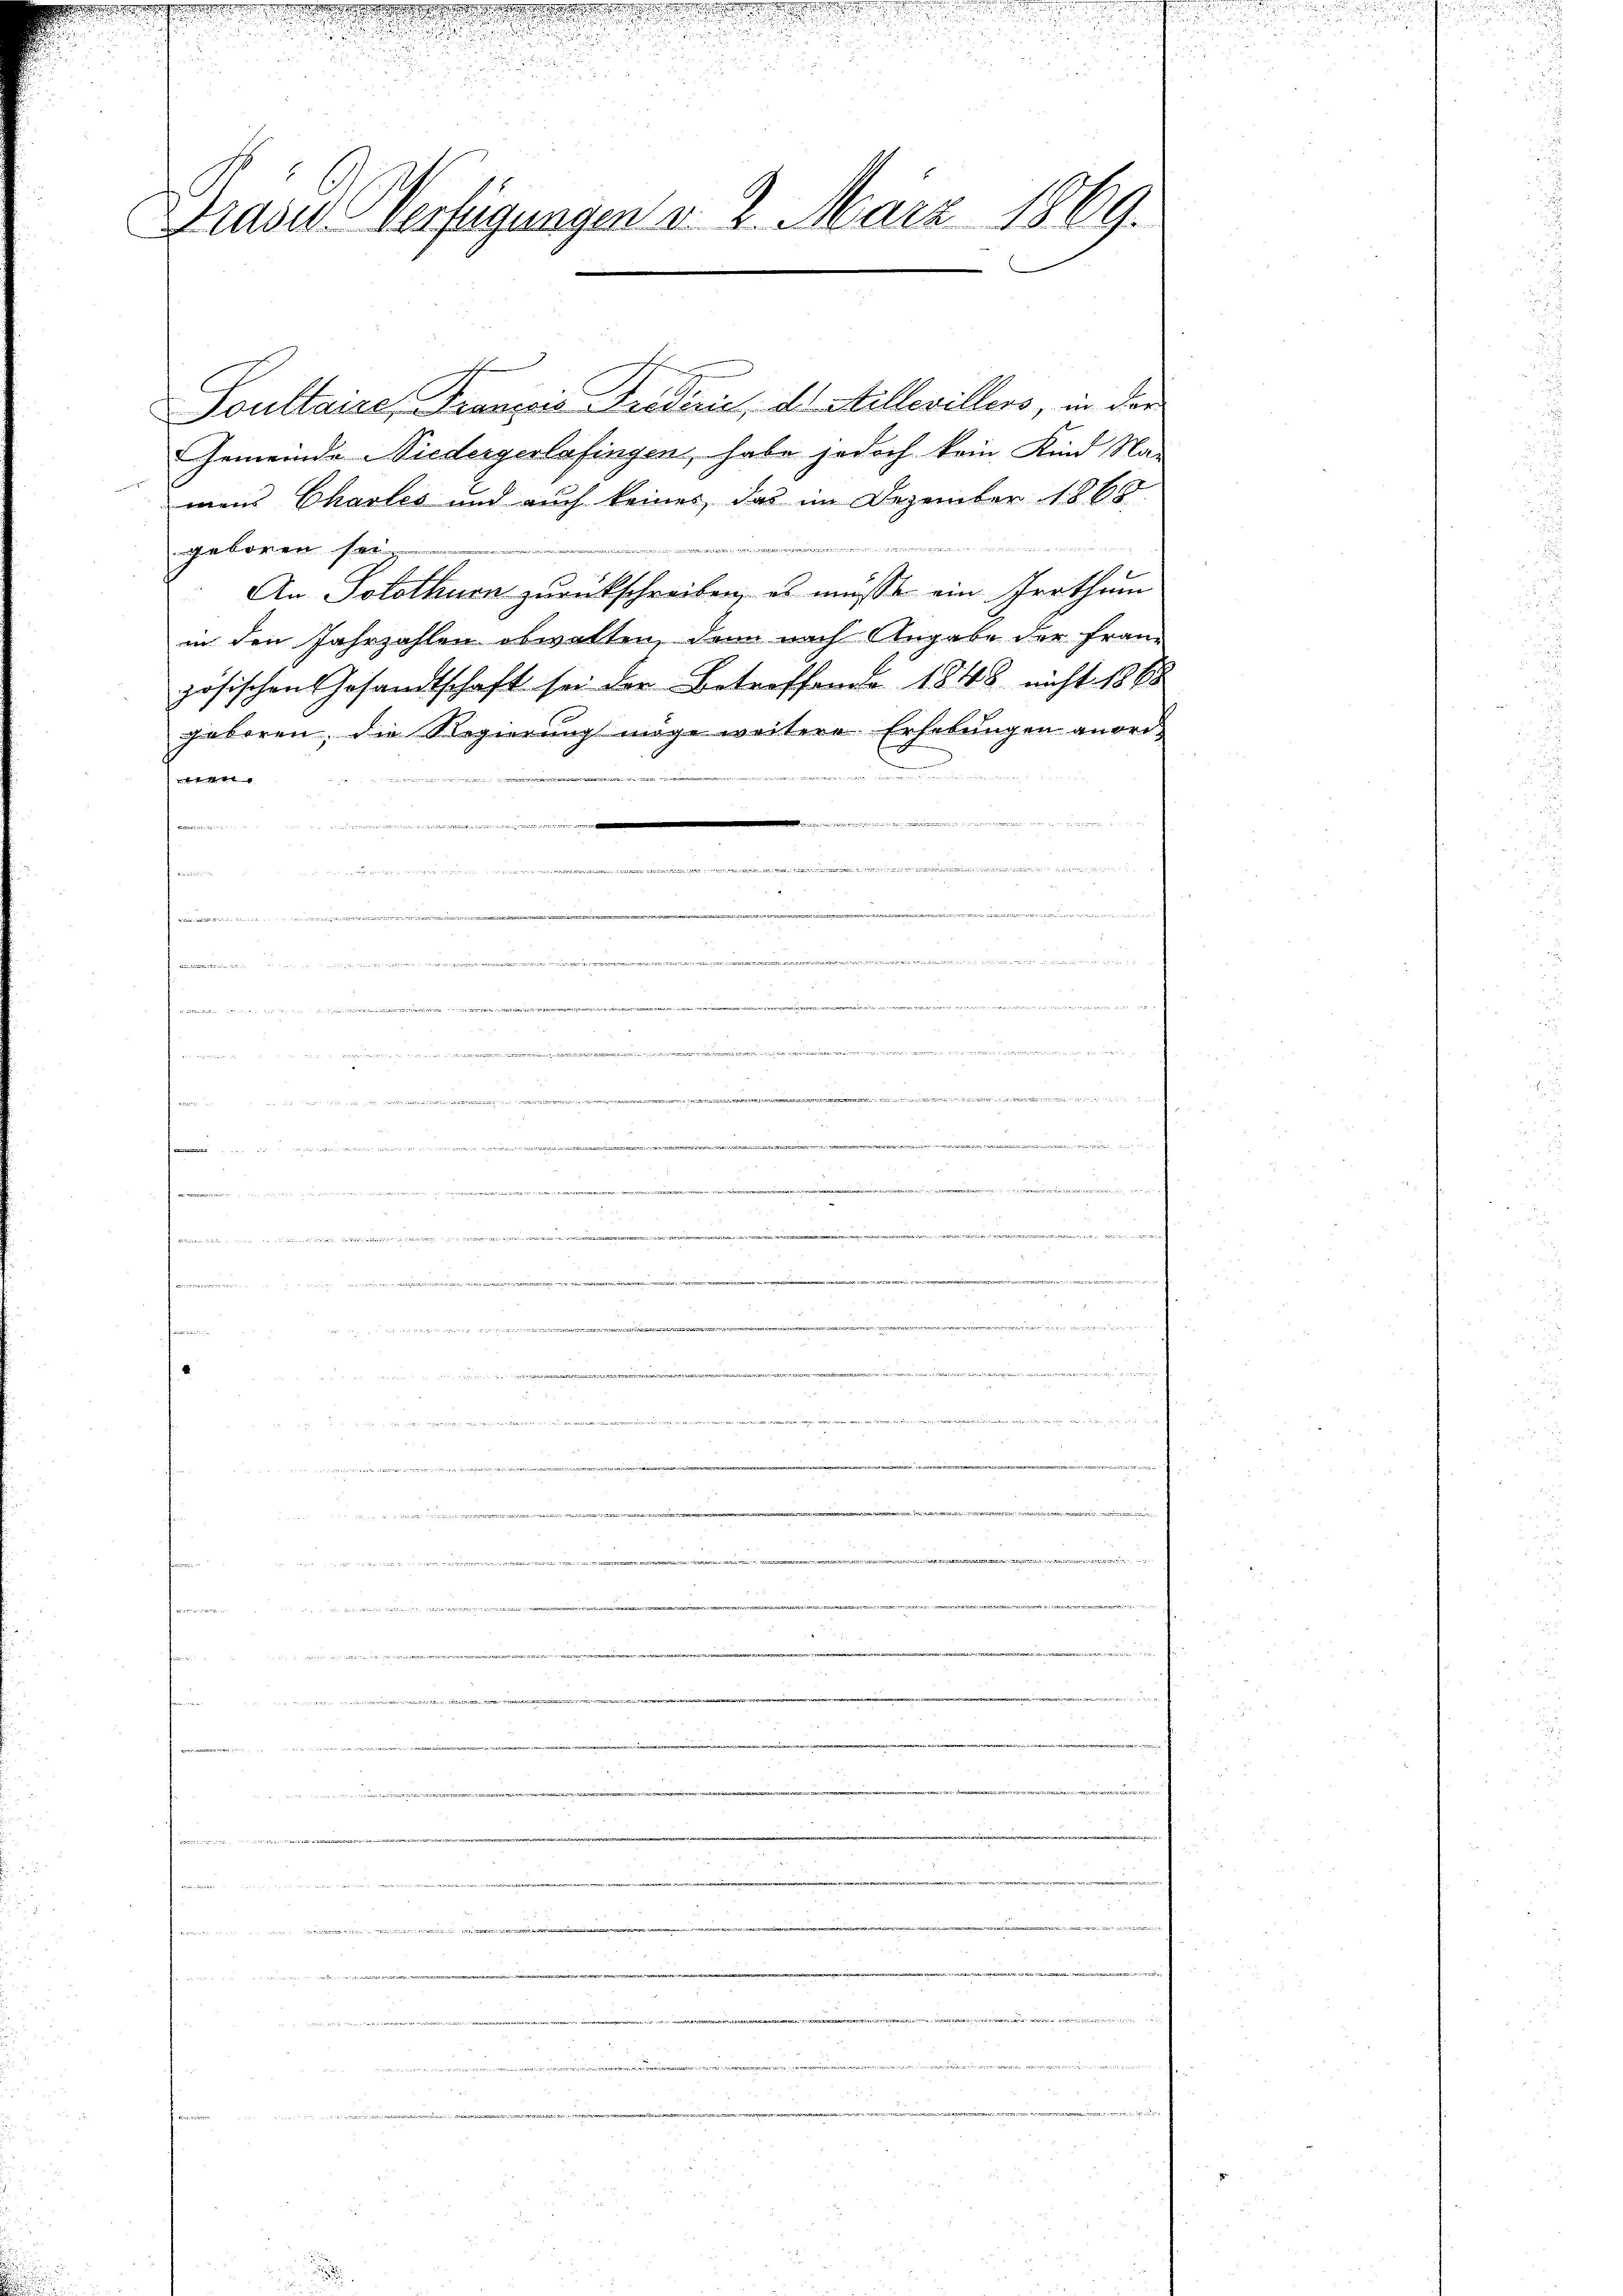
e
9

n
C
Drase-Verfügungen v. 5. März 1869.

Soultaire, Franzis Tretirić, ds Atellevillers, in der
Gemeinde Niedergerlafingen, habe jedoch kein Kind Na-
mens Chartes und auch keines, das im Dezember 1865

23 24
4
geboren sei.
5
An Solothurn zurückschreiben, es müsse ein Irrthum
in den Jahrzahlen obwalten, denn nach Angabe der Franz
zösischen Gesandtschaft sei der Betreffende 1848 nicht 1868
geboren, die Regierung möge weitere Erhebungen angre¬
2
m
u. der der M
n zu seinen

.

e
.

Anderer eine eine 14
R
s
2

tner eine an die
 da die man in ein mein

2

Anderen wird man antist ....... 25. M. v. 241 n 1174/G,3415/G,1549/G,918/11/12 889

 Linie wi
e
e
denen er

  gegen
e
wider
24 des
iiert werde die
a
r
 ritt und dingt den 240 f 14

e
n

iape

 ener
f
e

  in
i
 ..........................
2
n
i

auder in

d
.

Bern in de

s

 Brandidat die bei

u